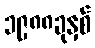
၁၉၈၈ခုနှစ်